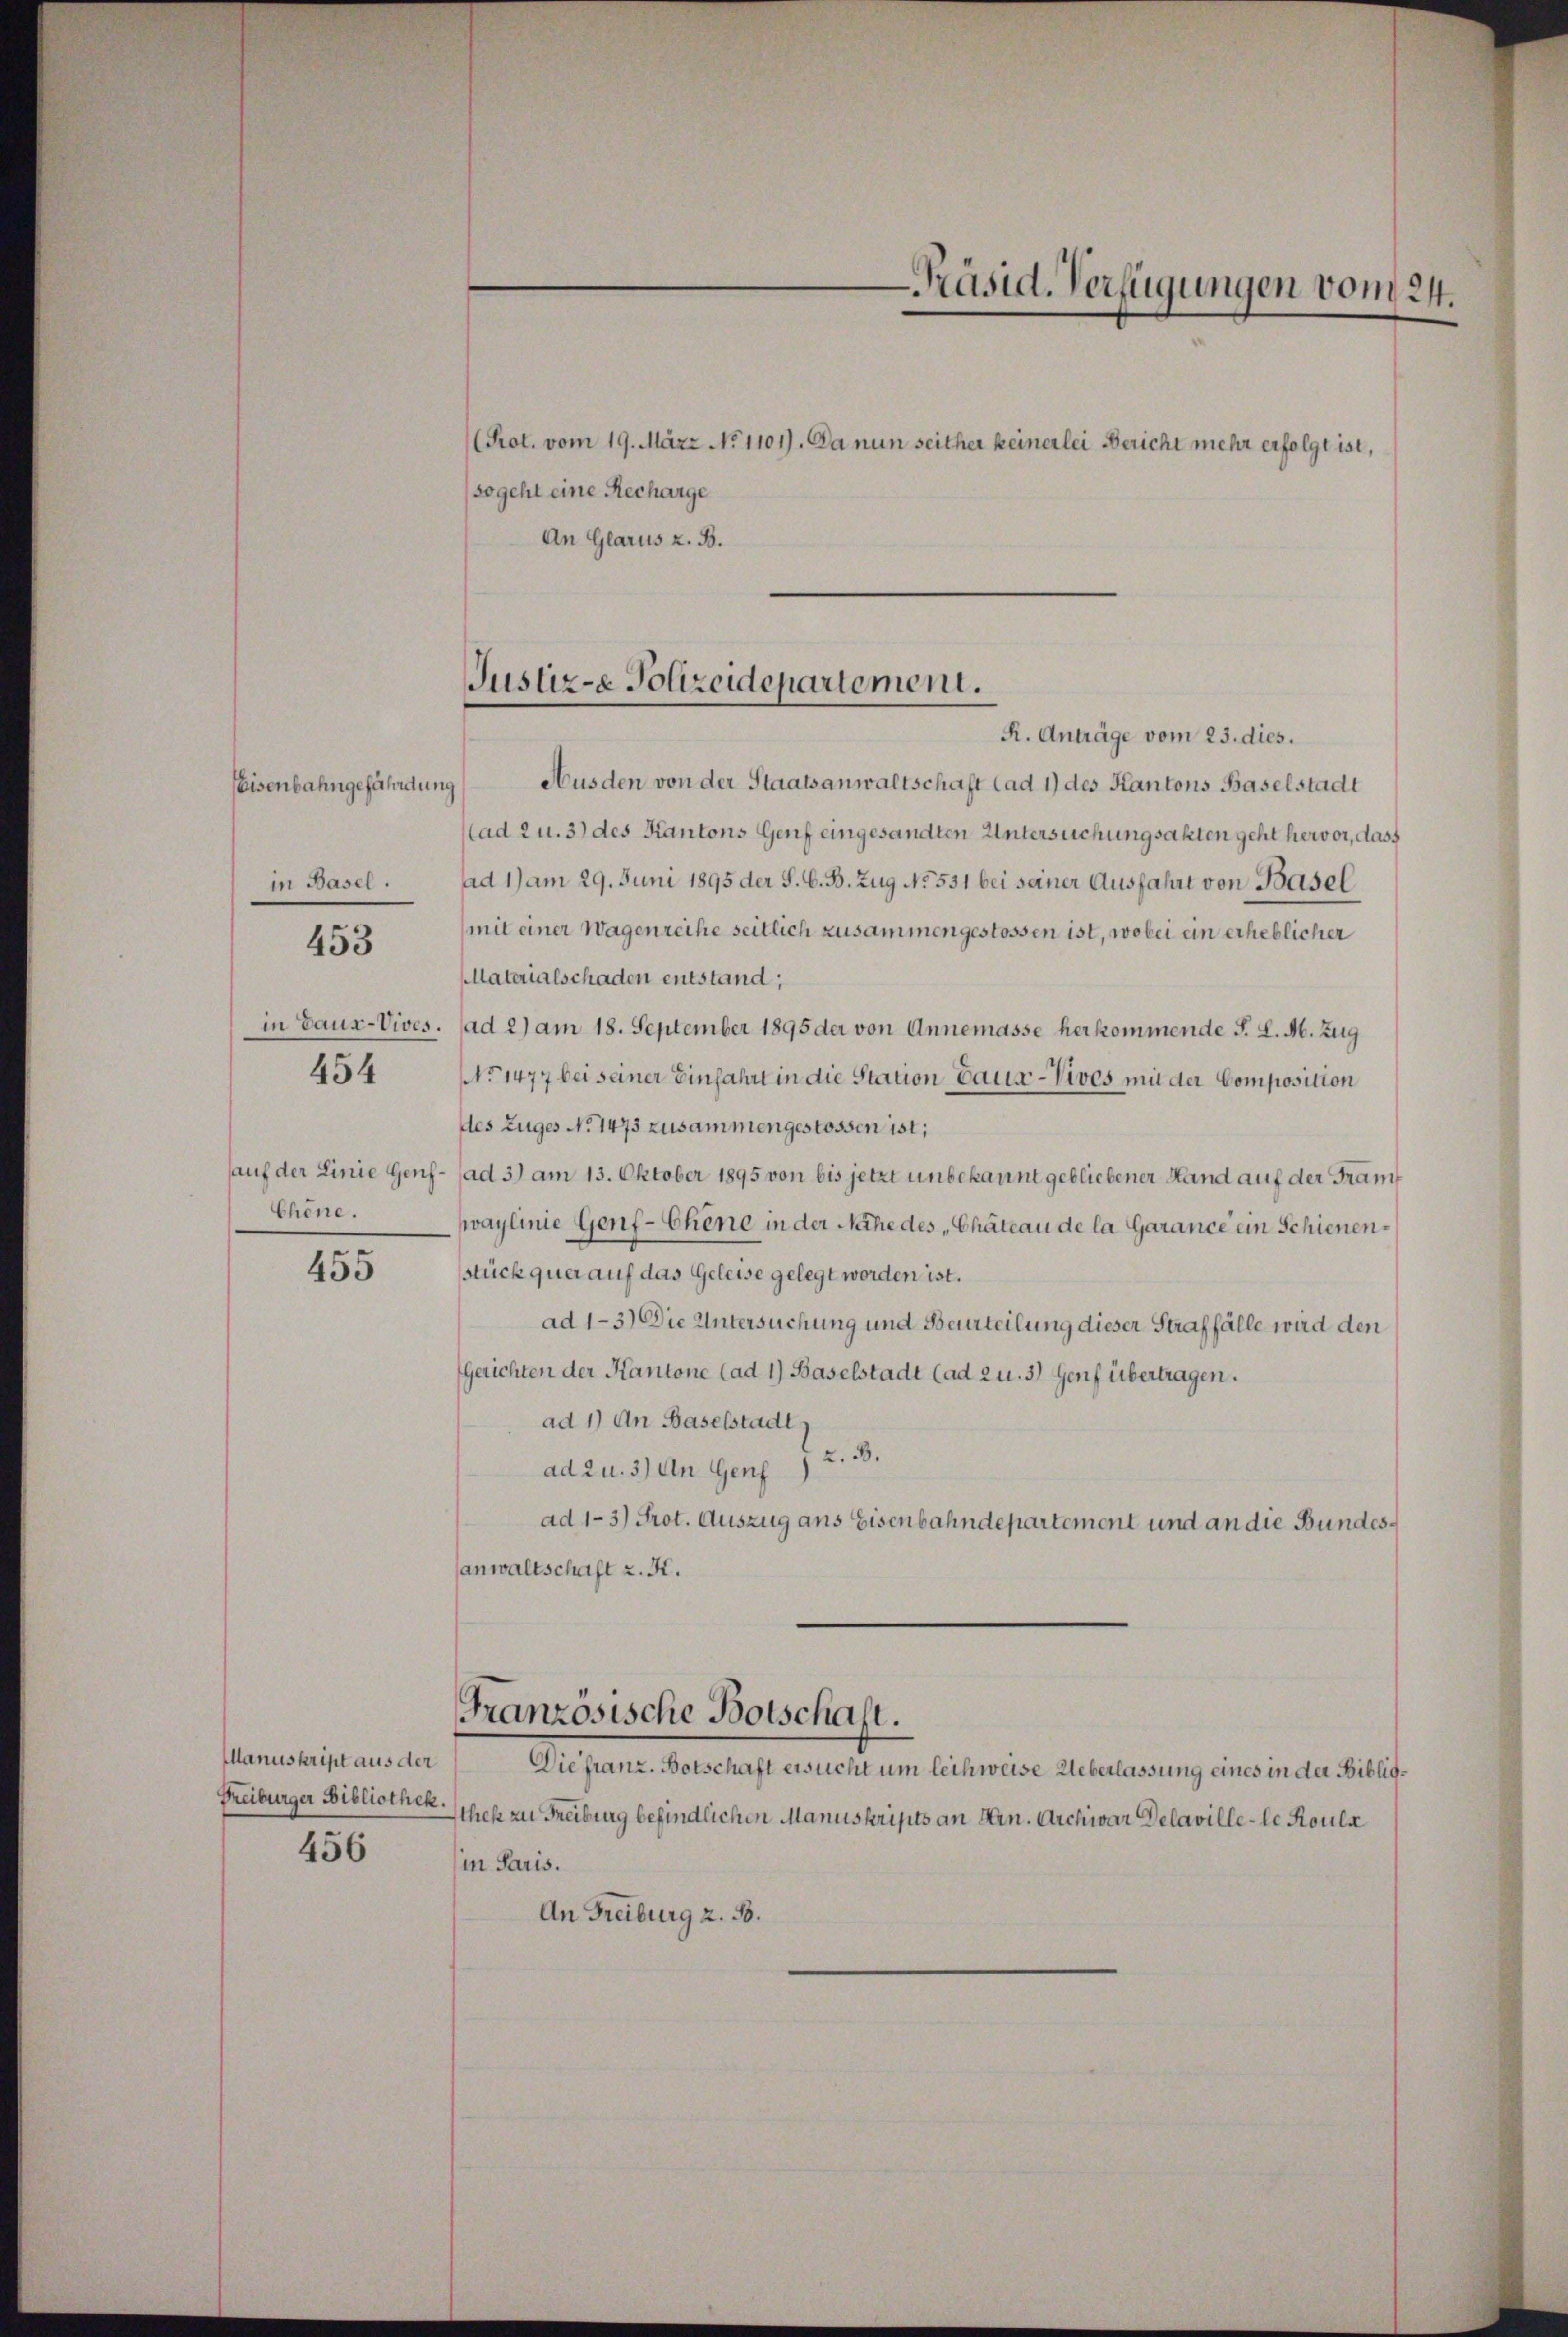
Eisenbahngefährdung
in Basel.

453

Chöne.

454

455

Manuskript aus der
Freiburger Bibliothek.

456

R. Anträge vom 23. dies.
Ausden von der Staatsanwaltschaft (ad 1) des Kantons Baselstadt
Nad 2 u. 3) des Kantons Genf eingesandten Untersuchungsakten geht hervor, dass
ad 1) am 29. Juni 1895 der S. G. B. Zug No. 551 bei seiner Ausfahrt von Basel
(mit einer Wagenreihe seitlich zusammengestossen ist, wobei ein erheblicher
MMaterialschaden entstand;
in baux-Vives. (ad 2) am 18. September 1895 der von Annemasse herkommende F. L. M. Zug
No 1477 bei seiner Einfahrt in die Station Baus-Vives mit der Composition
des Zuges No 1473 zusammengestossen ist;
auf der Linie Genf (ad 3) am 13. Oktober 1895 von bis jetzt unbekannt gebliebener Hand auf der Franwaylinie Genf-Chene in der Nähe des „Chateau de la Garance ein Schienenstück quer auf das Geleise gelegt worden ist.
ad 1-3) Die Untersuchung und Beurteilung dieser Straffälle wird den
Gerichten der Kantone (ad 1) Baselstadt (ad 2 u. 3) Genf übertragen.
ad 1) An Baselstadt
z. B.
ad 2 u. 3) An Genf
ad 1-3) Prot. Auszug ans Eisenbahndepartement und an die Bundessanwaltschaft z. K.

(sogeht eine Recharge
An Glarus z. B.

Prot. vom 19. März No 1101). Da nun seither keinerlei Bericht mehr erfolgt ist,

Justiz-e Polizeidepartement.

Französische Botschaft.

Präsid. Verfügungen vom 24.

Die franz. Botschaft ersucht um leihweise Ueberlassung eines in der Bibliothek zu Freiburg befindlichen Manuskripts an Hrn. Archivar Delaville-le Roule
in Paris.
An Freiburg z. B.